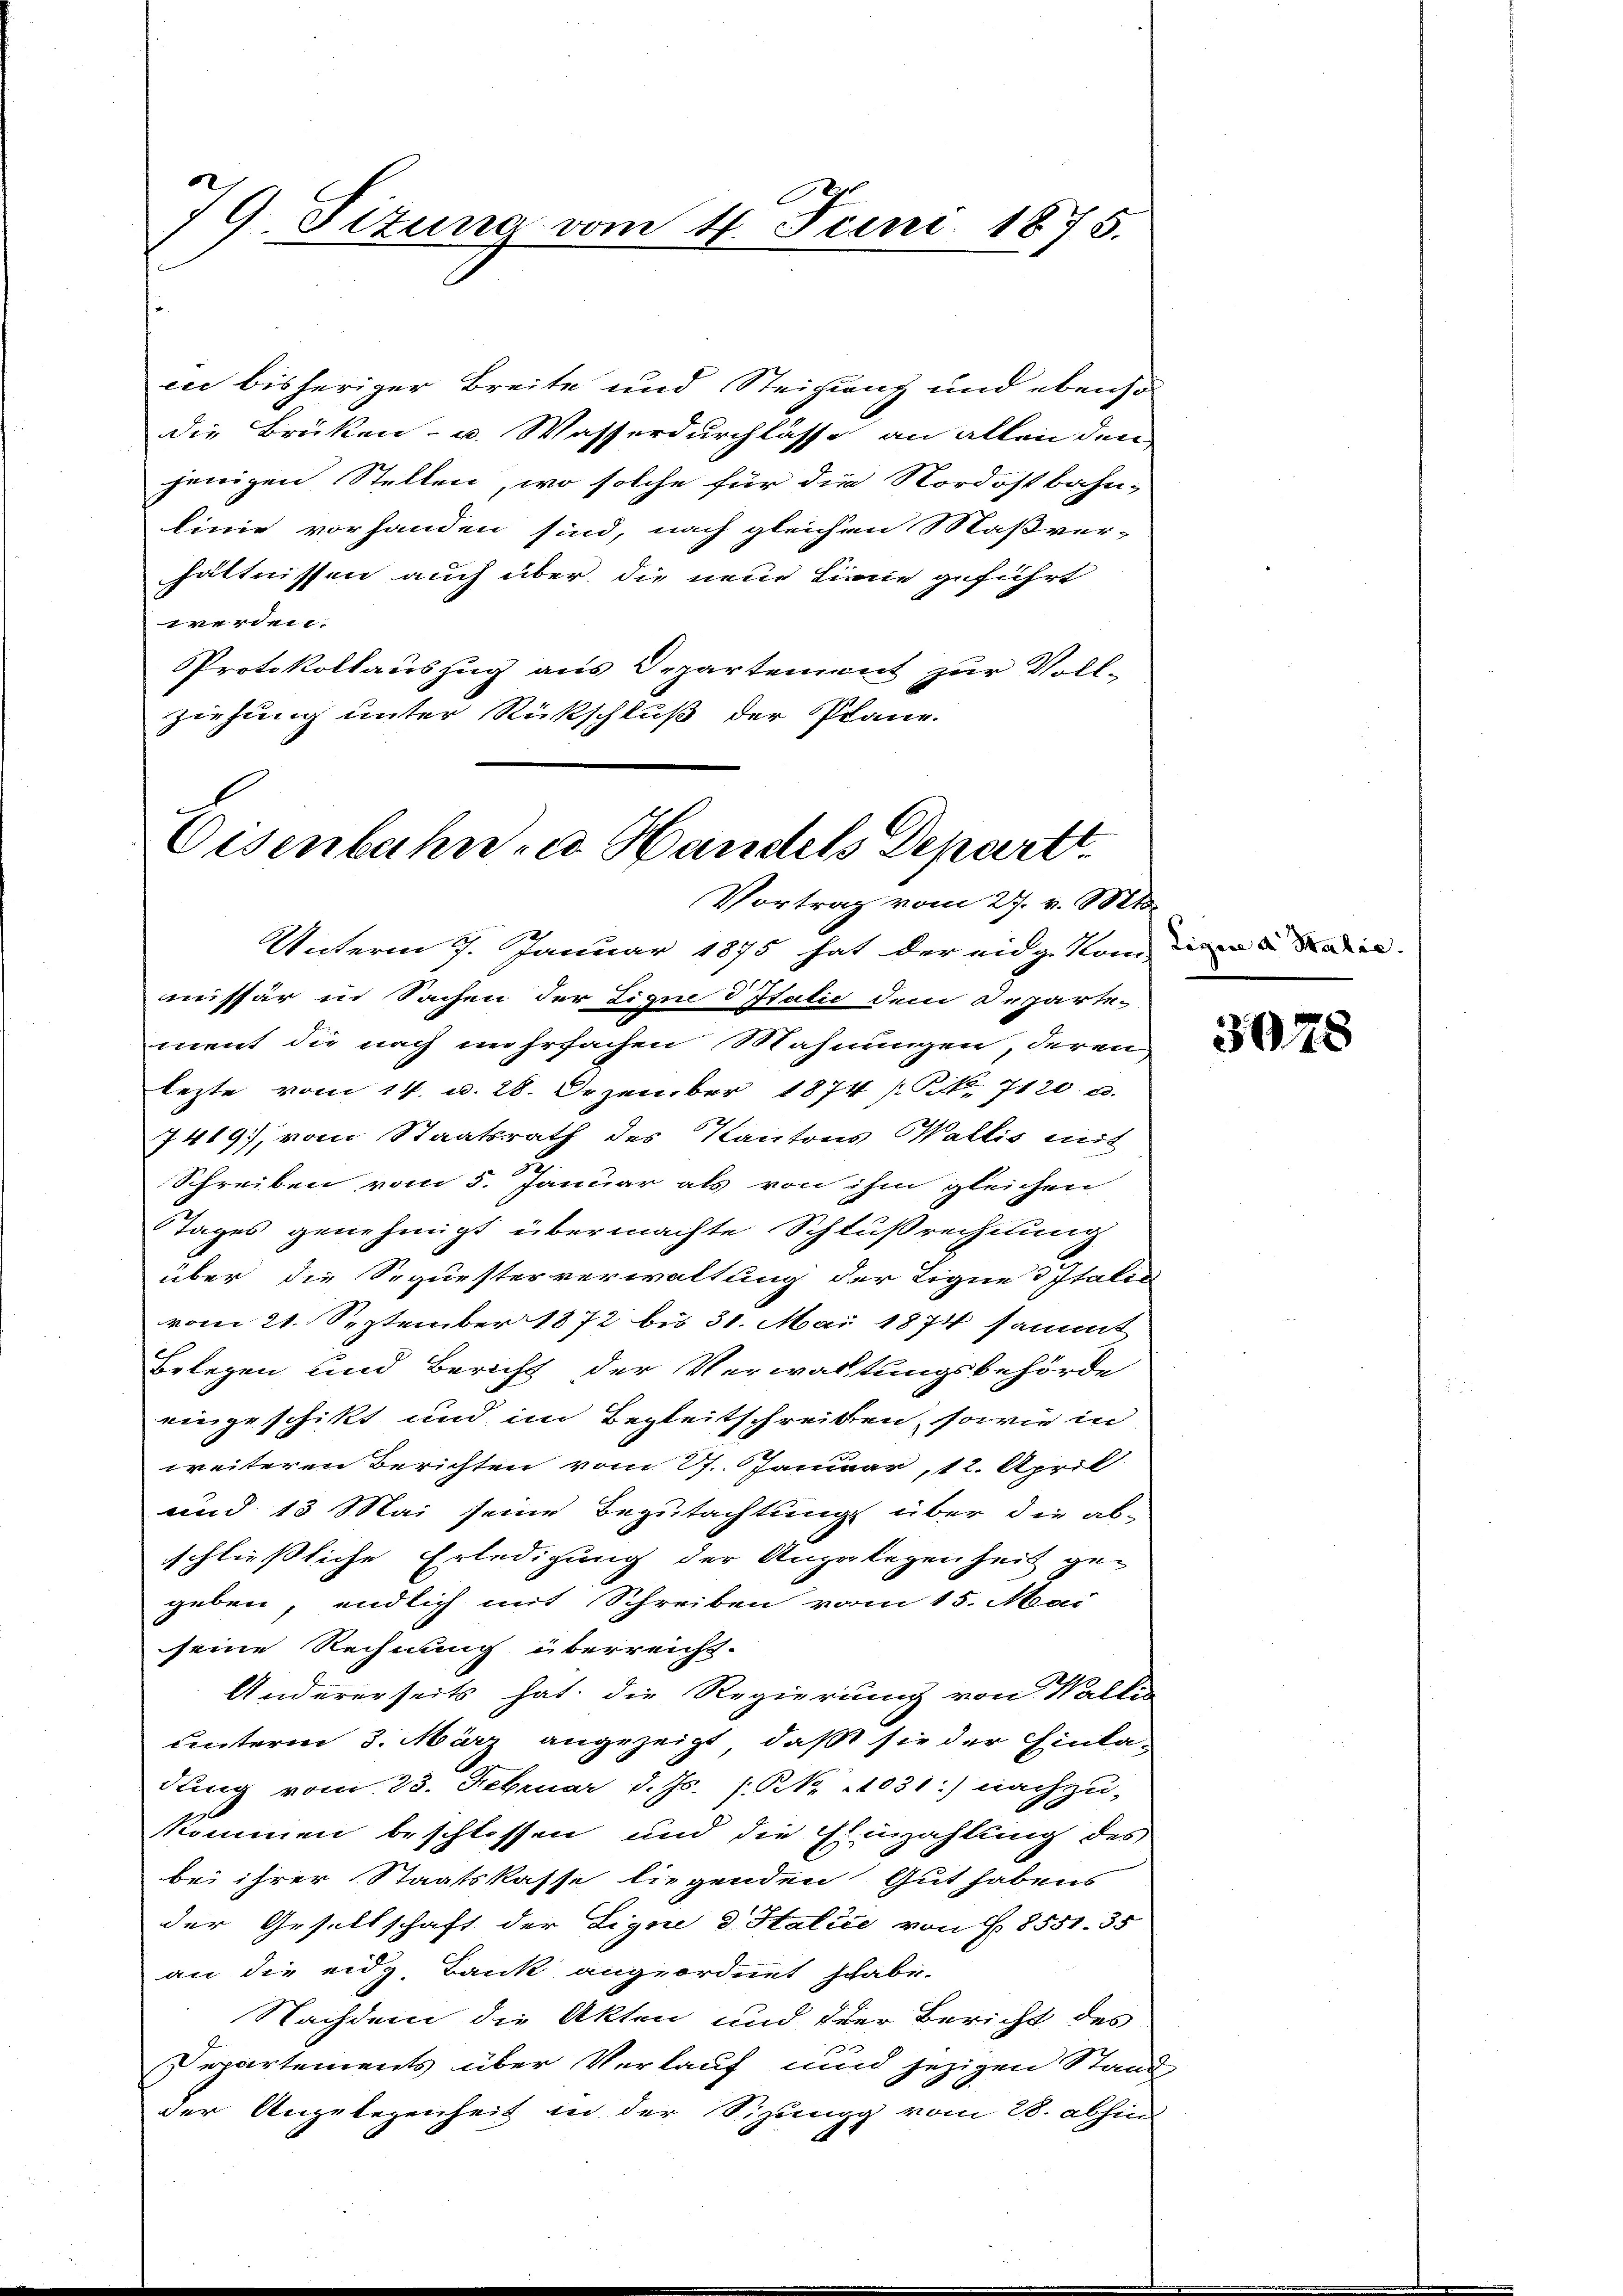
79. Sizung vom 4. Juni 1875.

ci bisheriger Breite und Steigung und ebenso
die Brücken- u. Wasserdurchlasse an allen den
jenigen Stellen, wo solche für die Nordostbahn-
linie vorhanden sind, nach gleichen Maßver-
hältnissen auch über die neue Linie geführt
werden.
Protokollauszug aus Departement zur Voll-
ziehung unter Rückschluß der Plane.

Eisenbahn u Handels Departt.
Vortrag vom 27. v. Mts.

Unterm 7. Januar 1875 hat der eidge kam die an
missär in Sachen der Tigue V Italić dem Departe-
ment die nach mehrfachen Mahnungen, deren
lezte vom 14. d. 28. Dezember 1874 (S. 7420. d.
7419); vom Staatsrath des Kantons Wallis mit
Schreiben vom 5. Januar als von ihm gleichen
Tages genehmigt übermachte Schlußrechnung
über die Sequesterverwaltung der Eigne d Italie
vom 21. September 1872 bis 31. Mai 1874 sammt
Belegen und Bericht der Verwaltungsbehörde
eingeschickt und im Begleitschreiben, sowie in
weiteren Berichten vom 17. Januar, 12. April
und 13 Mai seine Begutachtung über die ab-
schließliche Erledigung der Angelegenheit ge-
geben, endlich mit Schreiben vom 15. Mai
seine Rechnung überreicht.
Andererseits hat die Regierung von Walle
unterm 3. März angezeigt, daß sie der Einla-
dung vom 23. Februar d. Js. 1. No 1031.) nachzu-
kommen beschlossen und die Einzahlung des
bei ihrer Staatskasse liegenden Gut habens
der Gesellschaft der Eigne d. Stalice von § 8551. 35
an die eidg Bank angeordnet schabi-
Nachdem die Akten und der Bericht des
Departements über Verkauf und jezigen Stand
der Angelegenheit in der Sitzung vom 28. abhin

3078